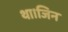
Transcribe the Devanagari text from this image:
था।जिन